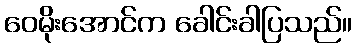
ဝေမိုးအောင်က ခေါင်းခါပြသည်။